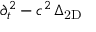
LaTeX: \partial _ { t } ^ { 2 } - c ^ { 2 } \, \Delta _ { \mathrm { 2 D } }